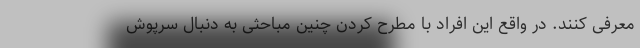
معرفی کنند. در واقع این افراد با مطرح کردن چنین مباحثی به دنبال سرپوش